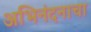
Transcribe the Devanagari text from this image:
अभिनंदनाचा